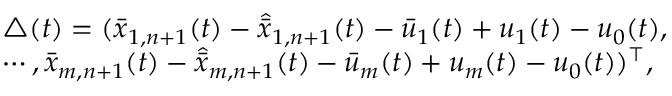
\begin{array} { r l } & { \triangle ( t ) = ( \bar { x } _ { 1 , n + 1 } ( t ) - \hat { \bar { x } } _ { 1 , n + 1 } ( t ) - \bar { u } _ { 1 } ( t ) + u _ { 1 } ( t ) - u _ { 0 } ( t ) , } \\ & { \cdots , \bar { x } _ { m , n + 1 } ( t ) - \hat { \bar { x } } _ { m , n + 1 } ( t ) - \bar { u } _ { m } ( t ) + u _ { m } ( t ) - u _ { 0 } ( t ) ) ^ { \top } , } \end{array}